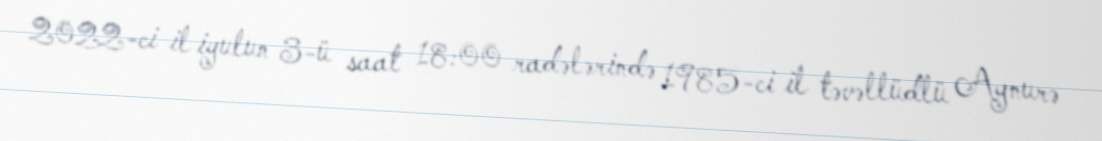
2022-ci il iyulun 3-ü saat 18:00 radələrində 1985-ci il təvəllüdlü Aynurə